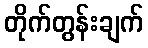
တိုက်တွန်းချက်